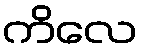
ကိလေ